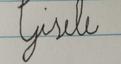
Signature authenticity: forged